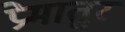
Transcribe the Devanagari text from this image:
प्रेमातुर